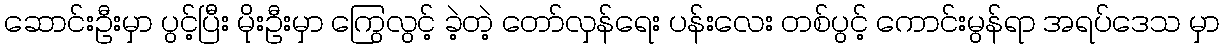
ဆောင်းဦးမှာ ပွင့်ပြီး မိုးဦးမှာ ကြွေလွင့် ခဲ့တဲ့ တော်လှန်ရေး ပန်းလေး တစ်ပွင့် ကောင်းမွန်ရာ အရပ်ဒေသ မှာ